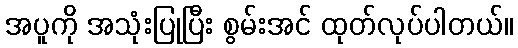
အပူကို အသုံးပြုပြီး စွမ်းအင် ထုတ်လုပ်ပါတယ်။